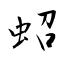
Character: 蛁